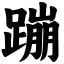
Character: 蹦